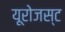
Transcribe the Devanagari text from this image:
यूरोजस्ट